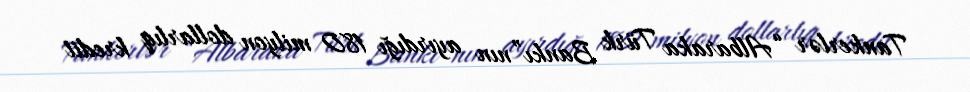
Tankerlər “Albaraka Türk Bankı”nın ayırdığı 180 milyon dollarlıq kredit